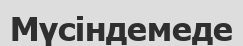
Мүсіндемеде